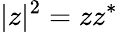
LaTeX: |z|^{2}=zz^{*}